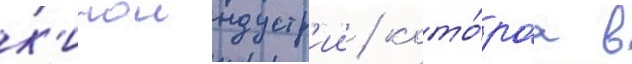
к'иноиндустр'ии / кото́раа в